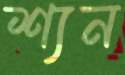
শ্যন